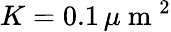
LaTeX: K=0.1\, \mu\mathrm{~m~}^{2}